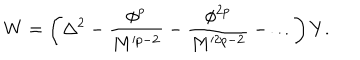
W = \left( \Delta ^ { 2 } - \frac { \phi ^ { p } } { M ^ { p - 2 } } - \frac { \phi ^ { 2 p } } { M ^ { 2 p - 2 } } - \dots \right) Y .